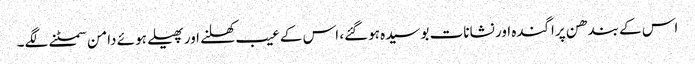
اس کے بندھن پراگندہ اور نشانات بوسیدہ ہوگئے، اس کے عیب کھلنے اور پھیلے ہوئے دامن سمٹنے لگے۔